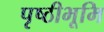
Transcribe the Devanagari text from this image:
पृष्ठीभूमि